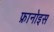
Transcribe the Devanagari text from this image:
फ्रानोइस